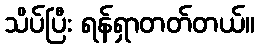
သိပ်ပြီး ရန်ရှာတတ်တယ်။